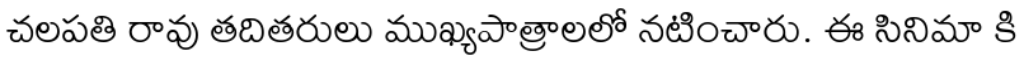
చలపతి రావు తదితరులు ముఖ్యపాత్రాలలో నటించారు. ఈ సినిమా కి